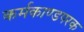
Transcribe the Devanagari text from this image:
कर्मकाण्डपरक